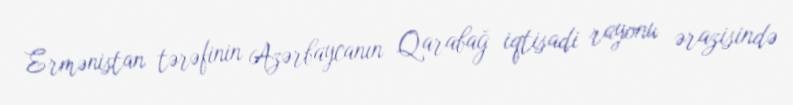
Ermənistan tərəfinin Azərbaycanın Qarabağ iqtisadi rayonu ərazisində